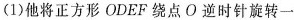
(1)他将正方形ODEF绕点O逆时针旋转一